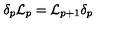
\delta _ { p } { \cal L } _ { p } = { \cal L } _ { p + 1 } \delta _ { p }